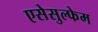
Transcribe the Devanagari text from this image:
एसेसुल्फेम